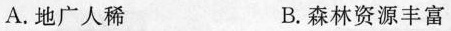
A. 地广人稀 B. 森林资源丰富